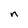
Character: n